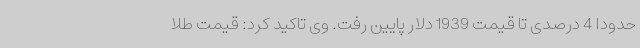
حدودا 4 درصدی تا قیمت 1939 دلار پایین رفت. وی تاکید کرد: قیمت طلا